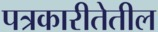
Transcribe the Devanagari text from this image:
पत्रकारीतेतील